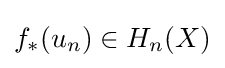
f_{*}(u_{n})\in H_{n}(X)